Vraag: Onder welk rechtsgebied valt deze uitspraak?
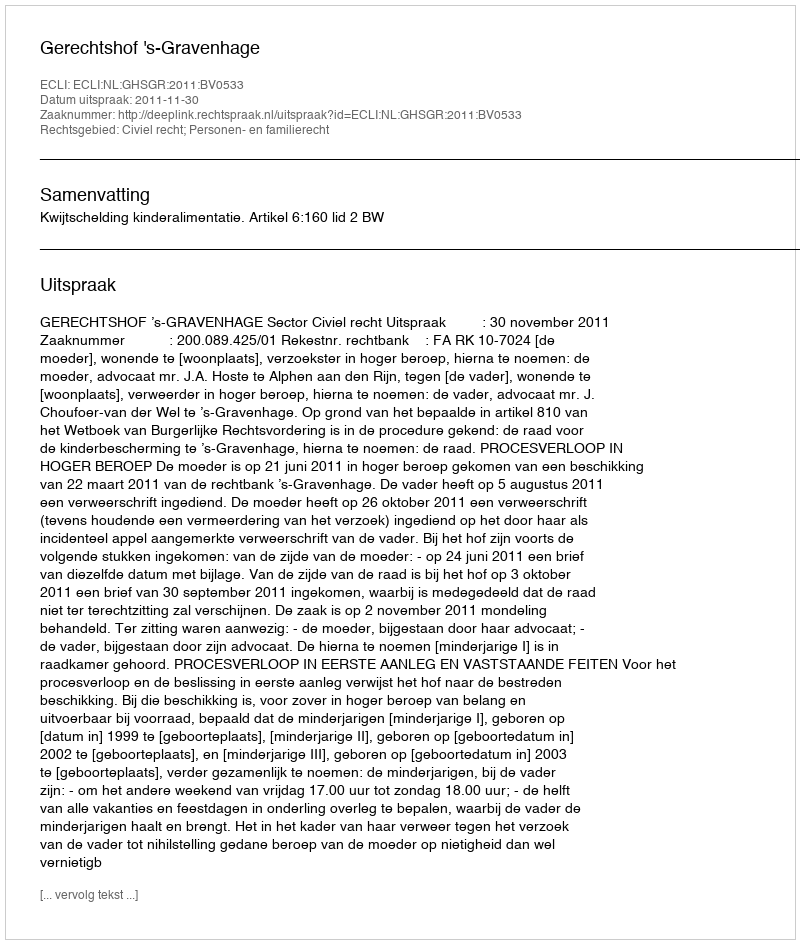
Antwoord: Civiel recht; Personen- en familierecht